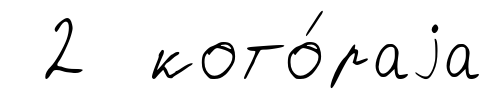
2 кото́раjа